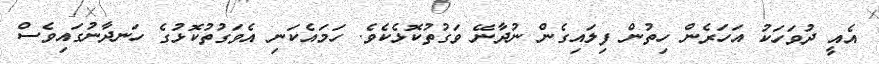
އެއީ ދުވަހަކު އަހަރެން ހިތުން ފިލައިގެން ނުދާނޭ ވަގުތުކޮޅެކެވެ. ހަމައެކަނި އެވަގުތުކޮޅުގެ ހަނދާނުގައިވެސް